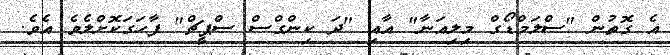
އެ ގޮތުން "ސްލަމްޑޯގް މިލިއަނާ" އާއި "ދަ ކިންގްސް ސްޕީޗް" ފާހަގަކޮށްލެވެ އެވެ.